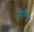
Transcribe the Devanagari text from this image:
पिएँ।